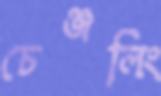
চেঞ্জলিং